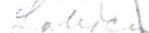
Lahden